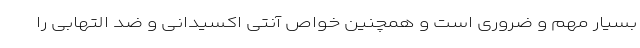
بسیار مهم و ضروری است و همچنین خواص آنتی اکسیدانی و ضد التهابی را